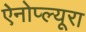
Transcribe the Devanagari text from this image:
ऐनोप्ल्यूरा